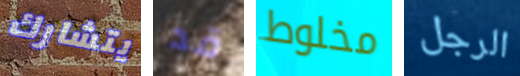
يتشارك قد مخلوط الرجل